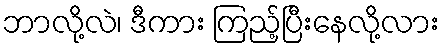
ဘာလို့လဲ၊ ဒီကား ကြည့်ပြီးနေလို့လား